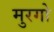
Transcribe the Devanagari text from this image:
मुरगो